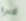
تخسره